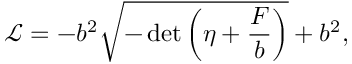
{ \mathcal { L } } = - b ^ { 2 } { \sqrt { - \operatorname* { d e t } \left( \eta + { \frac { F } { b } } \right) } } + b ^ { 2 } ,